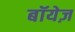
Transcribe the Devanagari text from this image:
बॉयेज़